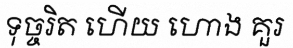
ទុច្ចរិត ហើយ ហោង គួរ